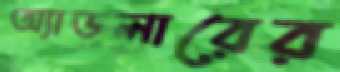
অ্যাডলারের